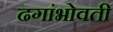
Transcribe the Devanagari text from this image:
ढगांभोवती